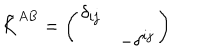
\tilde { K } ^ { A B } = \left( \begin{array} { l l } { { \delta _ { i j } } } & { { } } \\ { { } } & { { - \delta ^ { i j } } } \\ \end{array} \right)